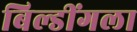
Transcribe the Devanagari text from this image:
बिल्डींगला